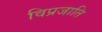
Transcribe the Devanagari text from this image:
विप्रजाति